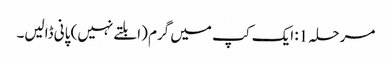
مرحلہ 1: ایک کپ میں گرم (ابلتے نہیں) پانی ڈالیں۔